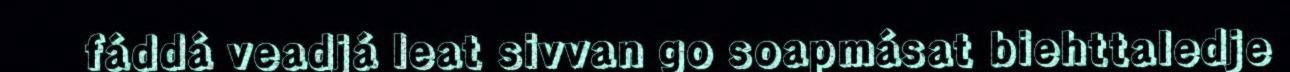
fáddá veadjá leat sivvan go soapmásat biehttaledje